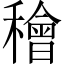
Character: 𥢶